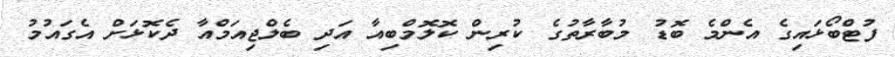
ފުޓްބޯޅައިގެ އެންމެ ބޮޑު މުބާރާތުގެ ކުރިން ކޮލޮމްބިއާ އަދި ބެލްޖިއަމްއާ ދެކޮޅަށް އެގައުމު